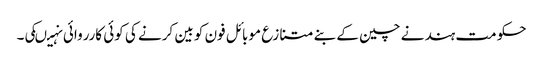
حکومت ہند نے چین کے بنے متنازع موبائل فون کو بین کرنے کی کوئی کارروائی نہیںکی۔